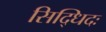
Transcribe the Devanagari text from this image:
सिद्धिदः